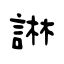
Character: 諃